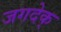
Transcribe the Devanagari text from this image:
जगदेक्